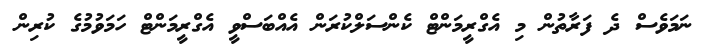
ނަމަވެސް ދެ ފަރާތުން މި އެގްރީމަންޓް ކެންސަލްކުރަން އެއްބަސްވީ އެގްރީމަންޓް ހަމަވުމުގެ ކުރިން